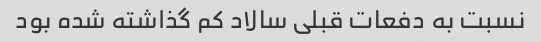
نسبت به دفعات قبلی سالاد کم گذاشته شده بود